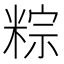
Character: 粽